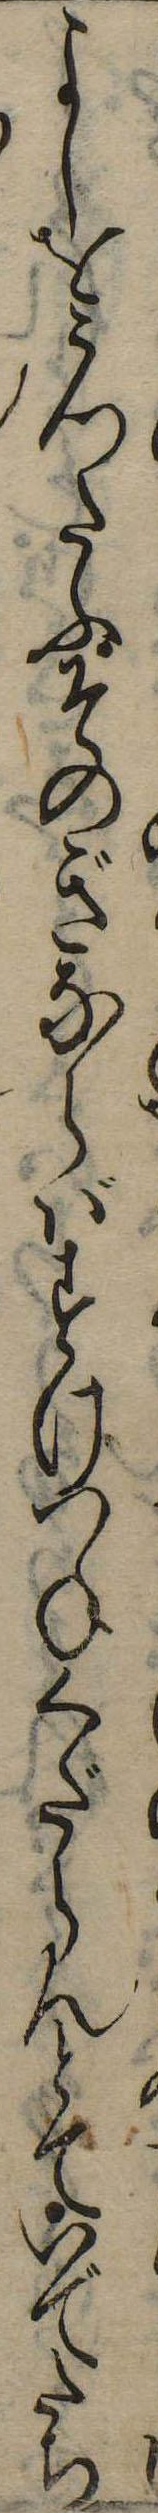
よしをうつたふそのぎならばすけつねくだらんとていでたち